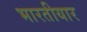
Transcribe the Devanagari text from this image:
भारतीयार